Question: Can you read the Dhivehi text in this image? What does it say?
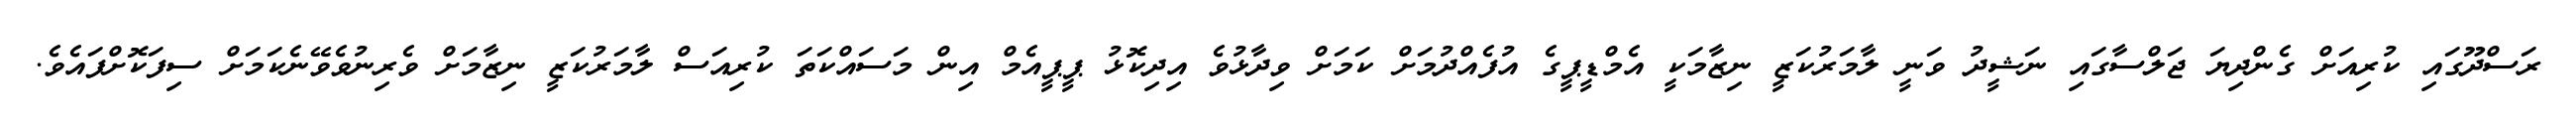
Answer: ރަސްދޫގައި ކުރިއަށް ގެންދިޔަ ޖަލްސާގައި ނަޝީދު ވަނީ ލާމަރުކަޒީ ނިޒާމަކީ އެމްޑީޕީގެ އުފެއްދުމަށް ކަމަށް ވިދާޅުވެ އިދިކޮޅު ޕީޕީއެމް އިން މަސައްކަތަ ކުރިއަސް ލާމަރުކަޒީ ނިޒާމަށް ވެރިނުވެވޭނެކަމަށް ސިފަކޮށްފައެވެ.